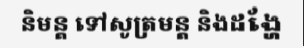
និមន្ត ទៅសូត្រមន្ត និងដង្ហែ